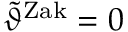
\tilde { \vartheta } ^ { \mathrm { Z a k } } = 0